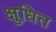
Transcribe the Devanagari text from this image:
क्षुधित